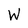
Character: W